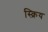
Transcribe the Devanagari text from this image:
स्क्रिय